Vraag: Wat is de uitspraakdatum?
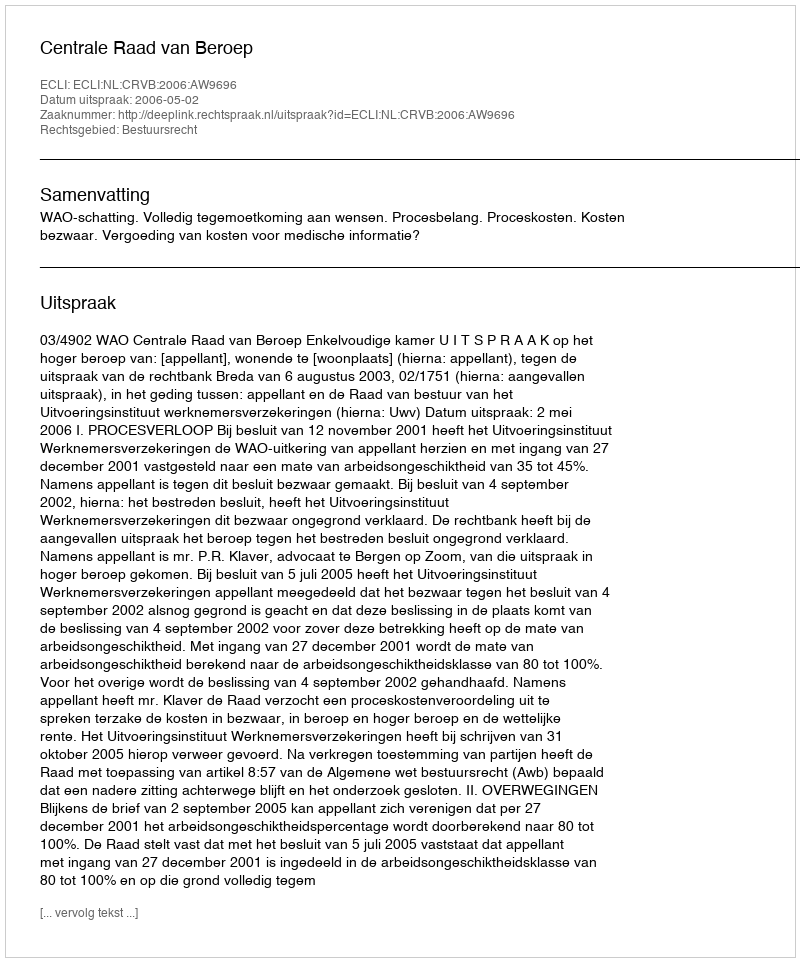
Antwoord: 2006-05-02